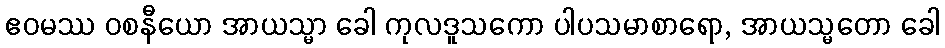
ဧဝမဿ ဝစနီယော အာယသ္မာ ခေါ ကုလဒူသကော ပါပသမာစာရော, အာယသ္မတော ခေါ